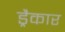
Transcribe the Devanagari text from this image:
ड्रैकार